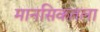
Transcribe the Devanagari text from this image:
मानसिकतला